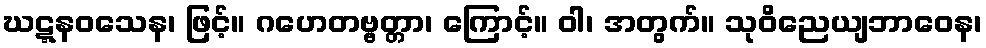
ဃဋ္ဋနဝသေန၊ ဖြင့်။ ဂဟေတဗ္ဗတ္တာ၊ ကြောင့်။ ဝါ၊ အတွက်။ သုဝိညေယျဘာဝေန၊